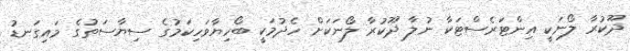
ދޫކުރާ ލޯނަކީ އިންޓަރެސްޓަކާ ނުލާ ދޫކުރާ ލޯނަކަށް ހެދުމަކީ ބޯހިޔާވަހިކަމުގެ ސިޔާސަތުގެ މައިގަނޑު